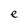
Character: e